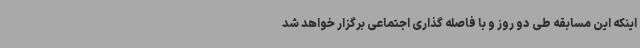
اینکه این مسابقه طی دو روز و با فاصله گذاری اجتماعی برگزار خواهد شد